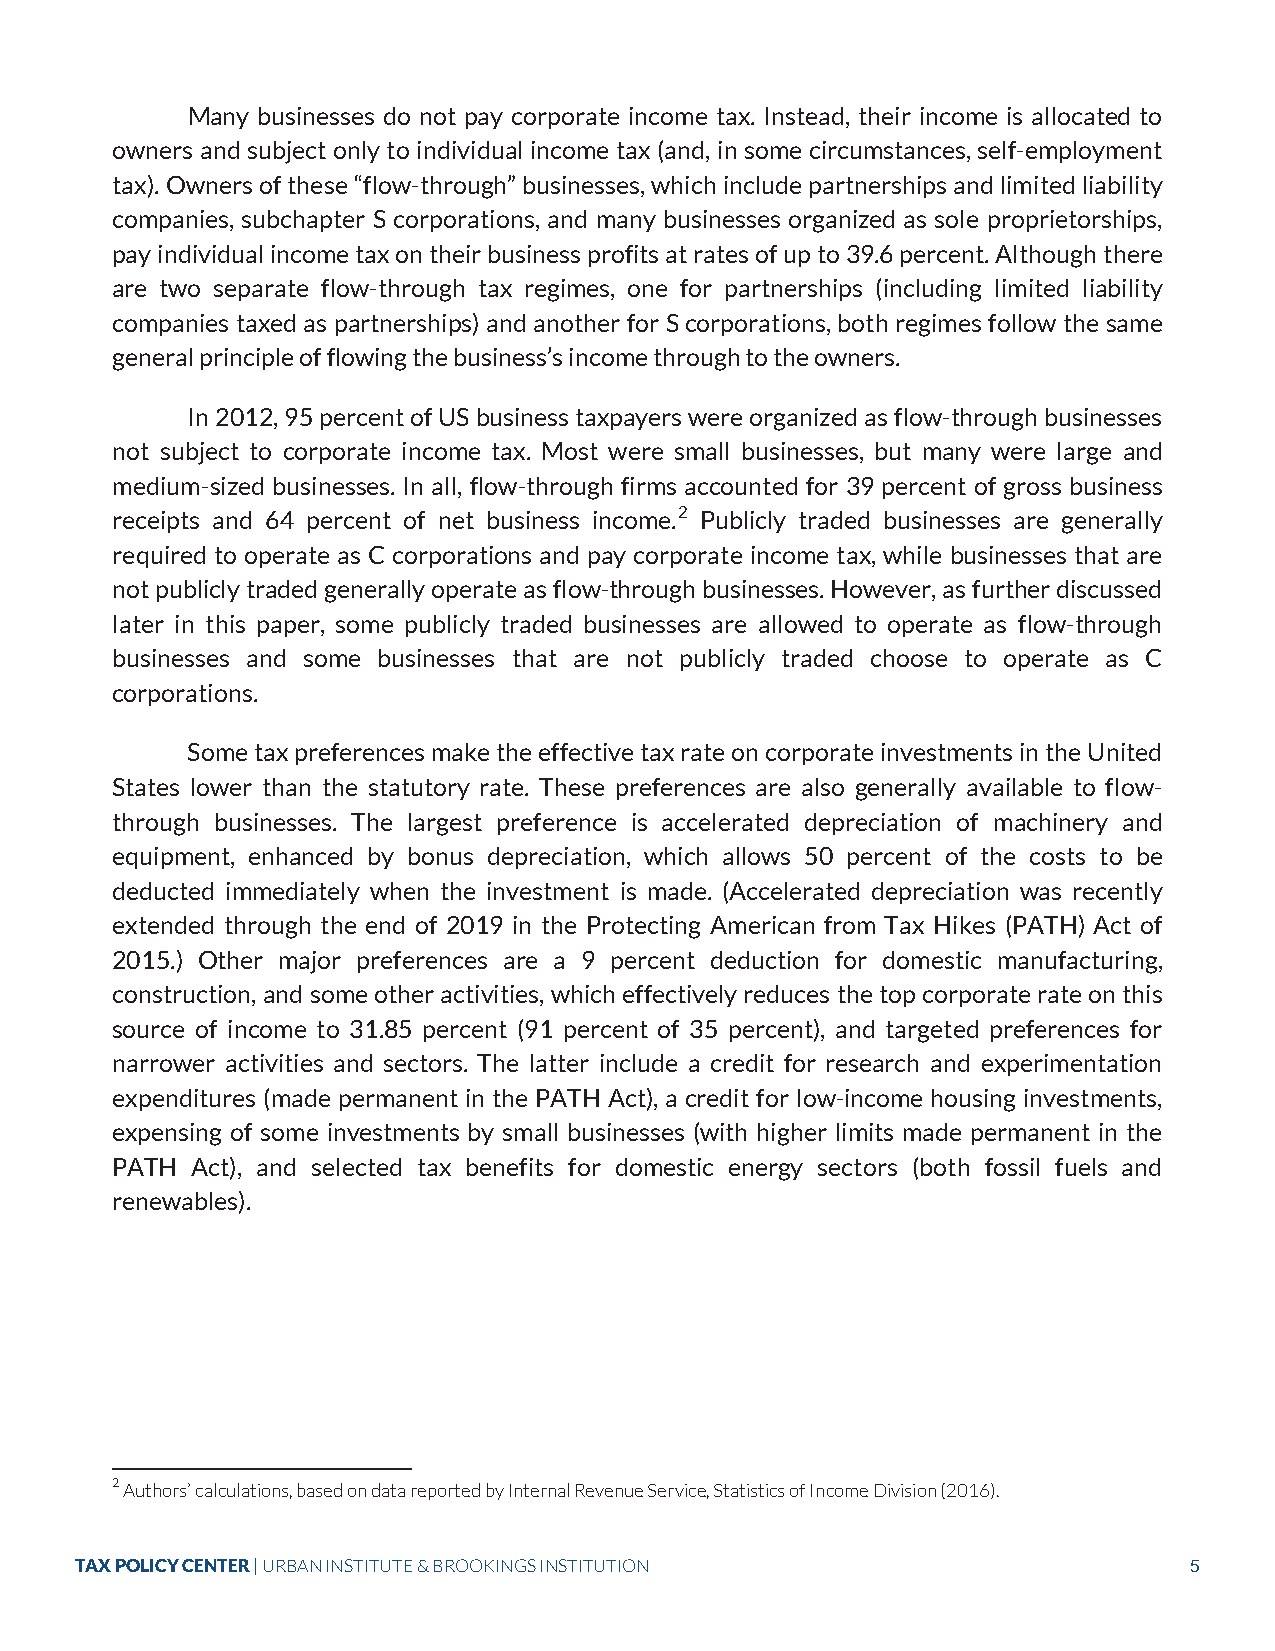
Many businesses do not pay corporate income tax. Instead, their income is allocated to
 owners and subject only to individual income tax (and, in some circumstances, self-employment
 tax). Owners of these “flow-through” businesses, which include partnerships and limited liability
 companies, subchapter S corporations, and many businesses organized as sole proprietorships,
 pay individual income tax on their business profits at rates of up to 39.6 percent. Although there
 are two separate flow-through tax regimes, one for partnerships (including limited liability
 companies taxed as partnerships) and another for S corporations, both regimes follow the same
 general principle of flowing the business’s income through to the owners.
 In 2012, 95 percent of US business taxpayers were organized as flow-through businesses
 not subject to corporate income tax. Most were small businesses, but many were large and
 medium-sized businesses. In all, flow-through firms accounted for 39 percent of gross business
 receipts and 64 percent of net business income.2 Publicly traded businesses are generally
 required to operate as C corporations and pay corporate income tax, while businesses that are
 not publicly traded generally operate as flow-through businesses. However, as further discussed
 later in this paper, some publicly traded businesses are allowed to operate as flow-through
 businesses and some businesses that are not publicly traded choose to operate as C
 corporations.
 Some tax preferences make the effective tax rate on corporate investments in the United
 States lower than the statutory rate. These preferences are also generally available to flow-
 through businesses. The largest preference is accelerated depreciation of machinery and
 equipment, enhanced by bonus depreciation, which allows 50 percent of the costs to be
 deducted immediately when the investment is made. (Accelerated depreciation was recently
 extended through the end of 2019 in the Protecting American from Tax Hikes (PATH) Act of
 2015.) Other major preferences are a 9 percent deduction for domestic manufacturing,
 construction, and some other activities, which effectively reduces the top corporate rate on this
 source of income to 31.85 percent (91 percent of 35 percent), and targeted preferences for
 narrower activities and sectors. The latter include a credit for research and experimentation
 expenditures (made permanent in the PATH Act), a credit for low-income housing investments,
 expensing of some investments by small businesses (with higher limits made permanent in the
 PATH  Act), and selected tax benefits for domestic energy sectors (both fossil fuels and
 renewables).
 2 Authors’ calculations, based on data reported by Internal Revenue Service, Statistics of Income Division (2016).
 TAX POLICY CENTER | URBAN INSTITUTE & BROOKINGS INSTITUTION               5